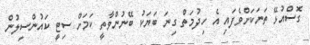
ގޮސްއުޅޭ ތަނަކަށްވެފައި އެ ހިދުމަތް ގިނަ ބަޔަކު ބޭނުންވާތީ ކަމަށް ސިޓީ ކައުންސިލުން